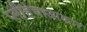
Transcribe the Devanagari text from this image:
प्लीहेचाआकार